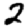
Digit: 2